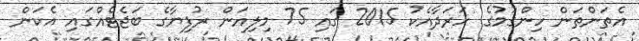
އެތަންތަން ހިންގުމުގެ ހަރަދާއެކު 2015 ގައި 75 މިލިއަން ރުފިޔާގެ ބަޖެޓެއްގައި އެކަން